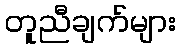
တူညီချက်များ